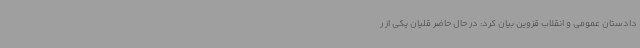
دادستان عمومی و انقلاب قزوین بیان کرد: در حال حاضر قلیان یکی از ر